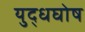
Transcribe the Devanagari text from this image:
युद्धघोष